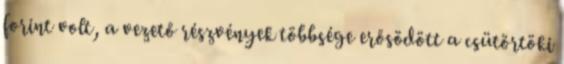
forint volt, a vezető részvények többsége erősödött a csütörtöki